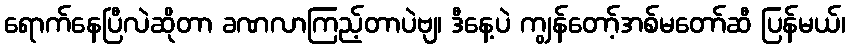
ရောက်နေပြီလဲဆိုတာ ခဏလာကြည့်တာပဲဗျ၊ ဒီနေ့ပဲ ကျွန်တော့်အစ်မတော်ဆီ ပြန်မယ်၊